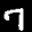
Label: 7